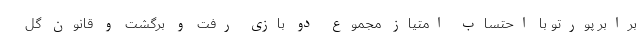
برابر پورتو با احتساب امتیاز مجموع دو بازی رفت و برگشت و قانون گل